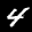
Label: 4